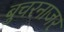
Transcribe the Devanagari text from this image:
बुचरनाजर